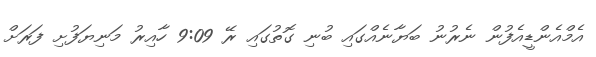
އެމްއެންޑީއެފުން ނެރުނު ބަޔާނެއްގައި ބުނި ގޮތުގައި ރޭ 9:09 ހާއިރު މަނިޔަފުށި ފަރަށް